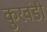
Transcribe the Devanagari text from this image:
कुरवंडी